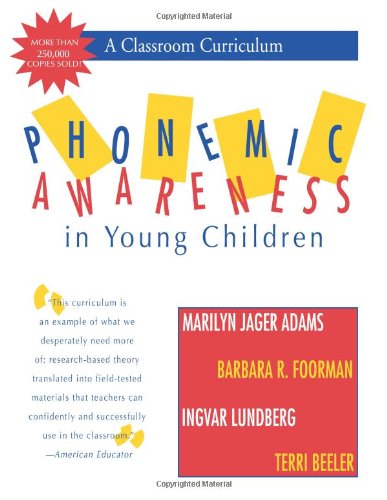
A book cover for Phonemic Awareness in Young Children: A Classroom Curriculum; Marilyn Adams Ph.D.; Education & Teaching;